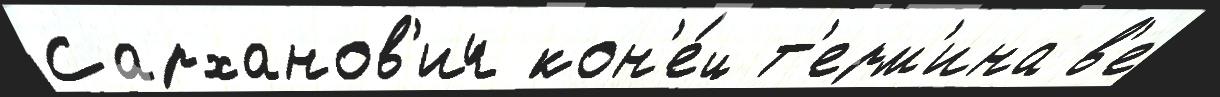
Сарханов'ич кон'е́ц т'ерм'ина в'е